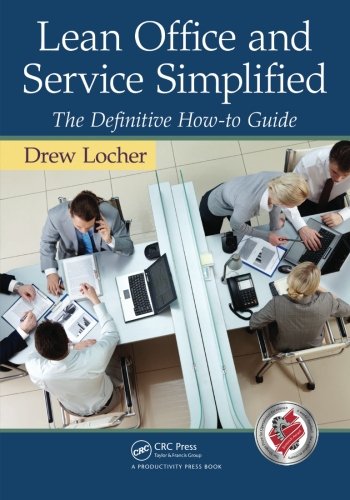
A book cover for Lean Office and Service Simplified: The Definitive How-To Guide; Drew Locher; Business & Money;